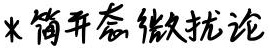
*简并态微扰论